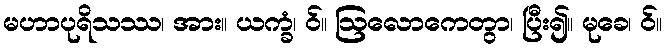
မဟာပုရိသဿ၊ အား။ ယက္ခံ၊ ဝ်။ ဩလောကေတွာ၊ ပြီး၍။ မုခေ၊ ဝ်။